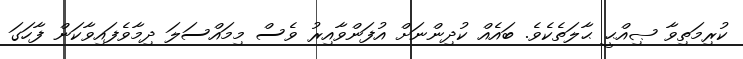
ކުރިމަތިވާ ޞިއްޙީ ޙާލަތެކެވެ. ބައެއް ކުދިންނަށް އުފަންވާއިރު ވެސް މިމައްސަލަ ދިމާވެފައިވާކަން ފާހަގަ